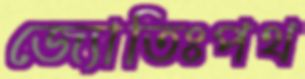
জ্যোতিঃপথ